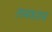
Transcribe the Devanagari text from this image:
लगभसग